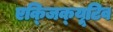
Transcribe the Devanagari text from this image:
एक्‍जिक्‍यूटिव